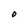
Character: O